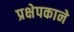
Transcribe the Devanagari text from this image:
प्रक्षेपकाने